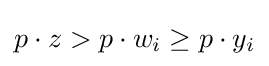
p\cdot z>p\cdot w_{i}\geq p\cdot y_{i}